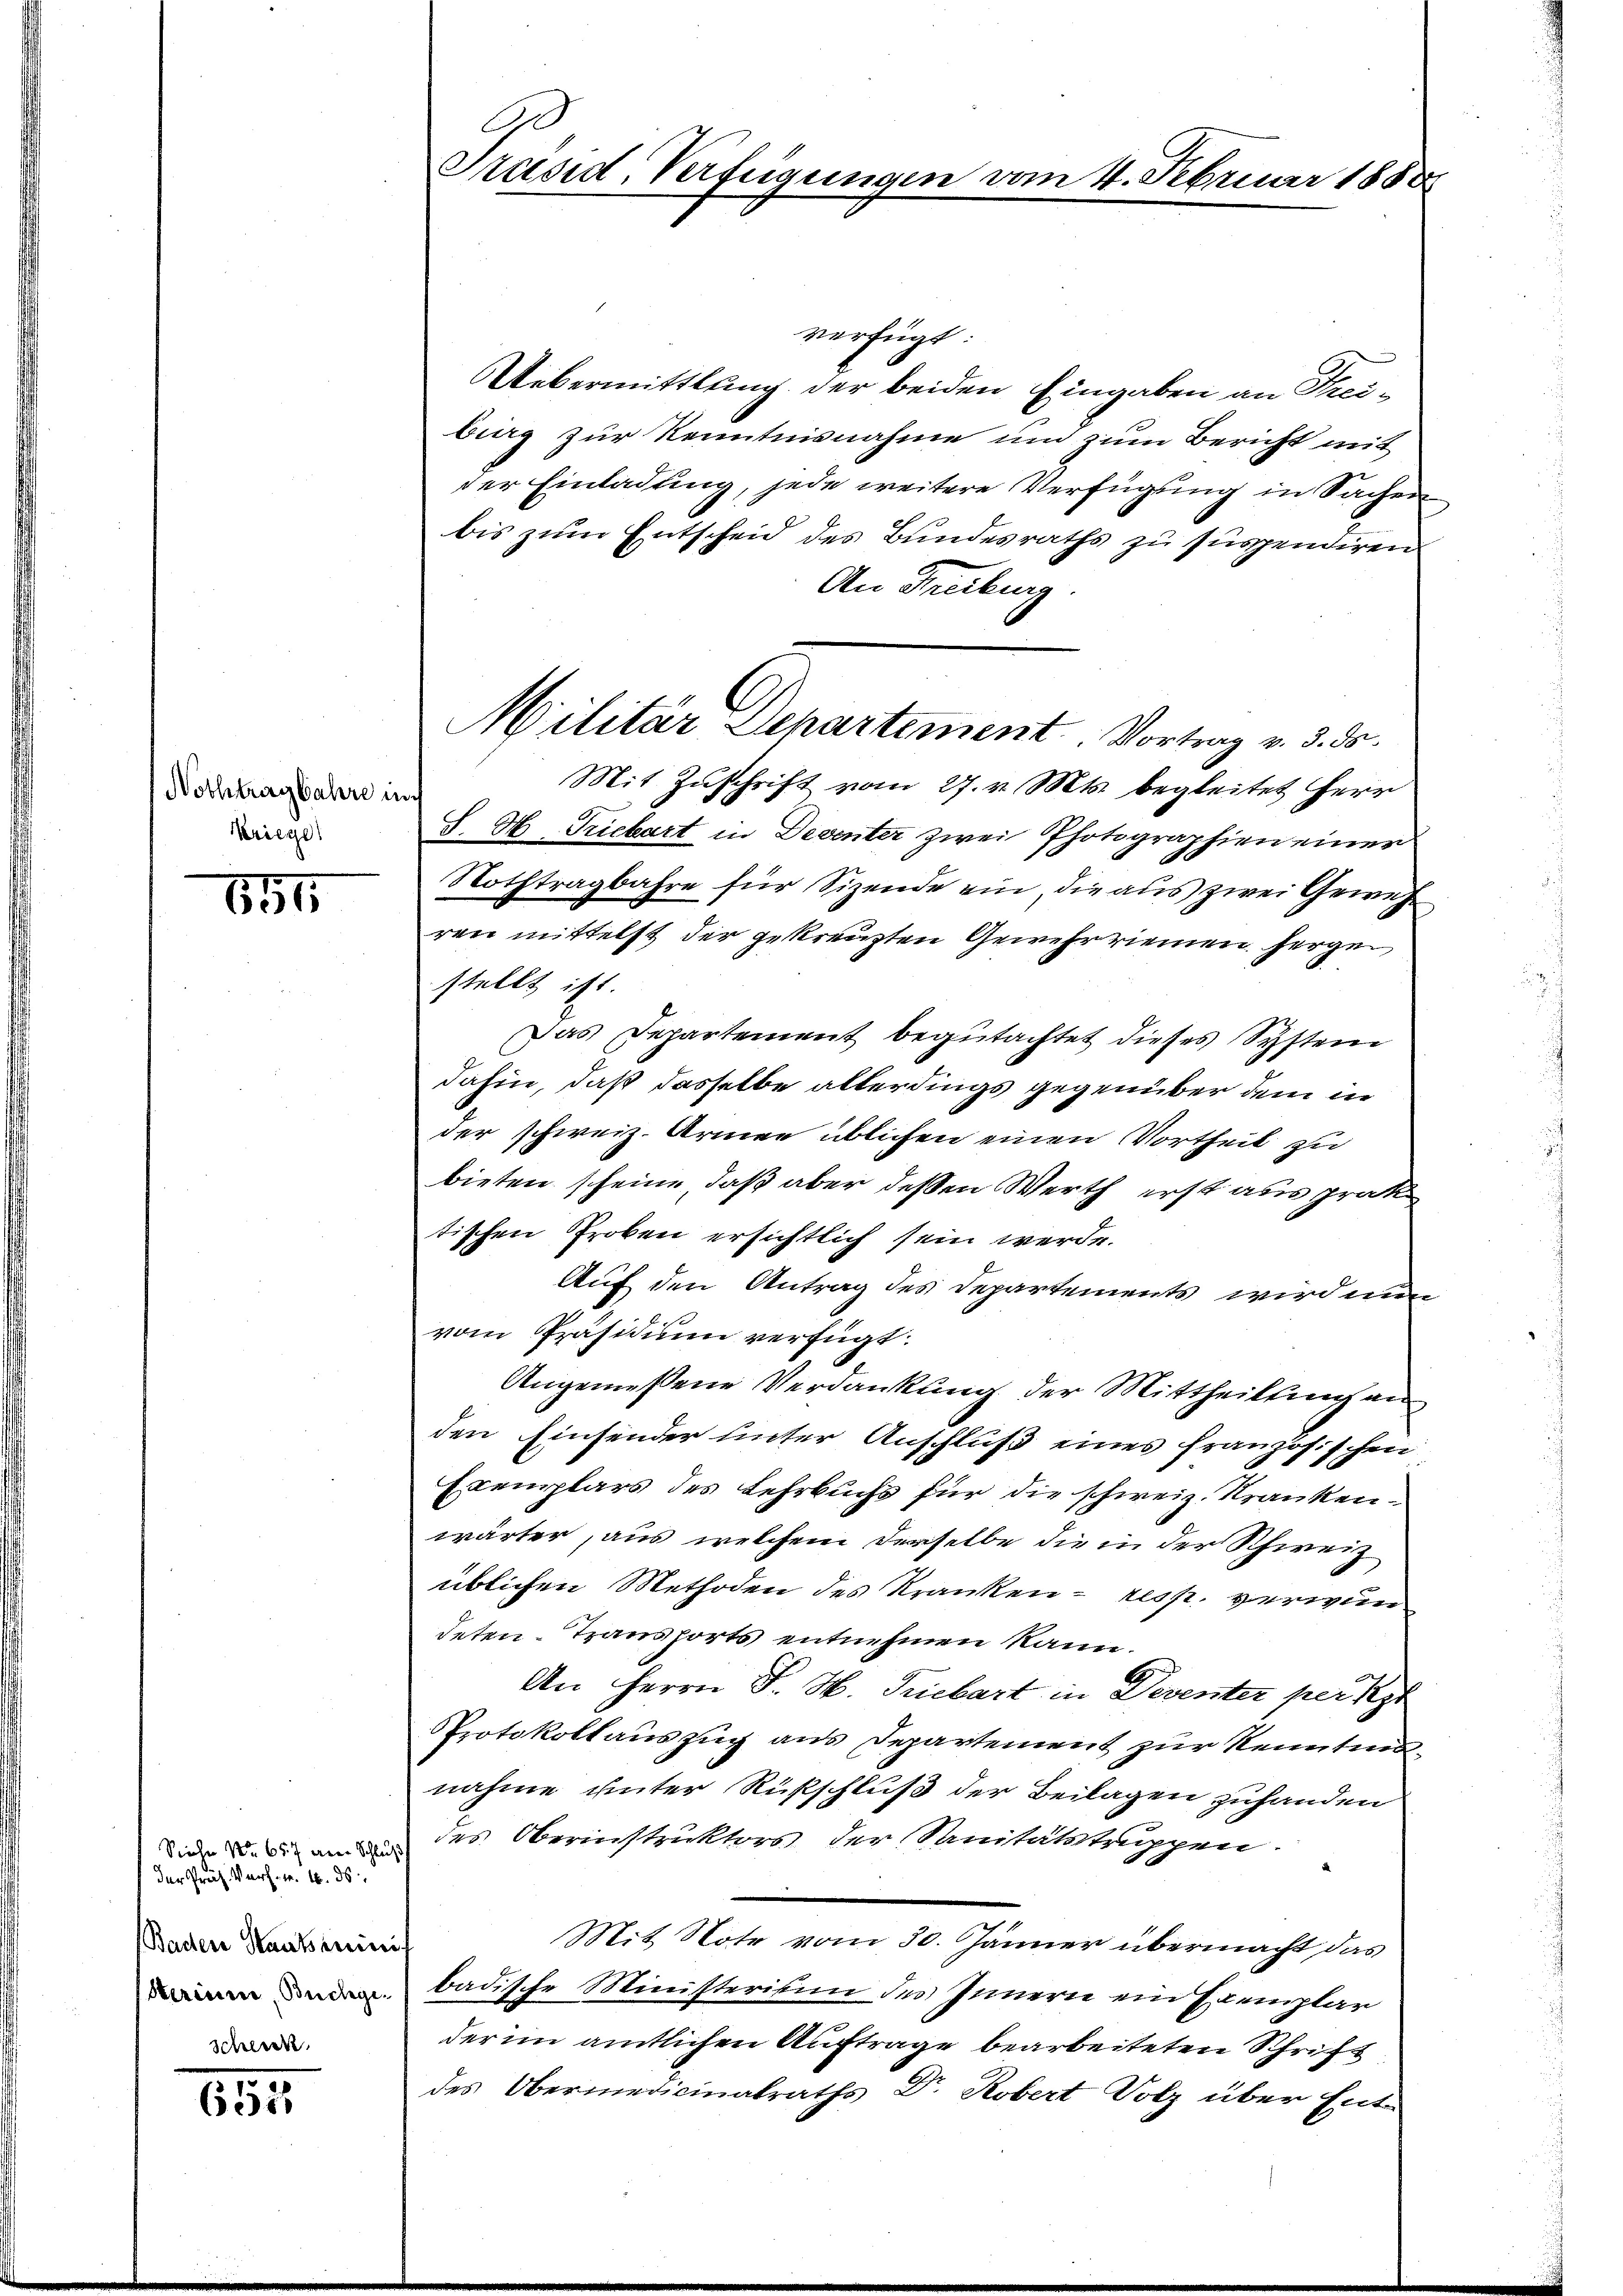
Nothtragbahre in
Kriege

854

Sieher No 657 dene Schluß
der Präs. Verf. v. 16. ds.
Baden Kautsein
Herinne, Buchegeschneeke

652

verfügt:
Uebermittlung der beiden Eingaben an Theibieg zur Kenntnisnahme um zum Bericht mit
der Einladung, jede weitere Verfügung in Sachen
bis zum Entscheid des Bundesraths zu suspendiren
An Freiburg.
Mit Zŭschrift vom 27. v. Mts. begleitet Herr
S. H. Triebart in Deventer zwei Photographien einer
Nothtragbahre für Sizende ein die aus zwei Geweh
ren mittelst der gekreuzten Gewehr riemen hergestellt ist.
Das Departement begutachtet dieses System
dahin, daß dasselbe allerdings gegenüber dem in
der schweiz. Armee üblichen einen Vortheil zu
bieten scheine, daß aber deßen Werth erst aus prak
tischen Proben ersichtlich sein werde.
Auf den Antrag des Departements wird nun
vom Präsidium verfügt:
Angemessene Verdankung der Mittheilung an
den Einsender unter Anschluß eines französischen
Exemplars des Lehrbuchs für die schweiz. Krankenwärter, aus welchem derselbe die in der Schweiz
üblichen Methoden des Kranken - resp. verwundeten-Transports entnehmen kann.
An Herrn J. H. Triebart in Deventer per Se
Protokollauszug aus Departement zur Kenntensnahme unter Rußschluß der Beilagen zuhanden
des Oberinstruktors der Sanitätstruppen
Mit Note vom 30. Jänner übermacht das
badische Ministerium des Innern ein Exemplar
der im amtlichen Auftrage bearbeiteten Schrift
des Obermedicinalraths Dr. Robert Volz über Ent¬

90
Präsid, Verfügungen

m 4. Februar 1888

Militär Departement. Vortrag v. 3. ds.